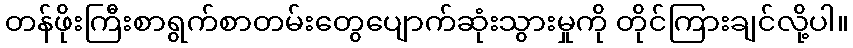
တန်ဖိုးကြီးစာရွက်စာတမ်းတွေပျောက်ဆုံးသွားမှုကို တိုင်ကြားချင်လို့ပါ။